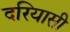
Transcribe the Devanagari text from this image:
दरियासी